Report on the working of the Ranchi Indian Mental Hospital, Kanke, in Bihar and Orissa - 1930-1940
Year: 1930
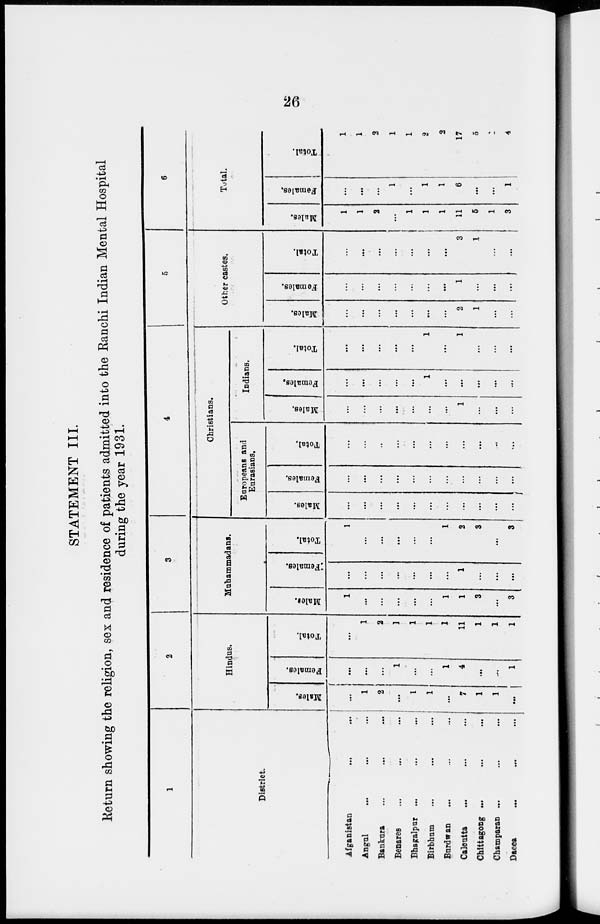
26
STATEMENT III.
Return showing the religion, sex and residence of patients admitted into the Ranchi Indian Mental Hospital
during the year 1931.
1
District.
Afganistan ... ...
Angnl ... ... ...
Banknra ... ... ...
Benares ... ... ...
Bhagalpur ... ... ...
Birbhum
...
...
...
Bardwan ... ... ...
Calcutta ... ... ...
Chittagong
...
...
...
Champaran ... ... ...
Dacca ... ... ...
2
Hindus.
Males.
...
1
2
...
1
1
...
7
1
1
...
Females.
...
...
...
1
...
...
1
4
...
...
1
Total.
...
1
2
1
1
1
1
11
1
1
1
3
Muhammadans.
Males.
1
...
...
...
...
...
1
1
3
...
3
Females.
...
...
...
...
...
...
...
1
...
...
...
Total.
1
...
...
...
...
...
1
2
3
...
3
4
Christians.
Europeans and
Eurasians.
Males.
...
...
...
...
...
...
...
...
...
...
...
Females.
...
...
...
...
...
...
...
...
...
...
...
Total.
...
...
..
...
...
...
...
...
...
...
...
Indians.
Males.
...
...
...
...
...
...
...
1
...
...
...
Females.
...
...
...
...
...
1
...
...
...
...
...
Total.
...
...
...
...
...
1
...
1
...
...
...
5
Other castes.
Males.
...
...
...
...
...
...
...
2
1
...
...
Females.
...
...
...
...
...
...
...
1
...
...
...
Total.
...
...
...
...
...
...
...
3
1
...
...
6
Total.
Males.
1
1
2
...
1
1
1
11
6
1
3
Females.
...
...
...
1
...
1
1
6
...
...
1
Total.
1
1
2
1
1
2
2
17
5
1
4